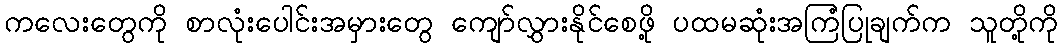
ကလေးတွေကို စာလုံးပေါင်းအမှားတွေ ကျော်လွှားနိုင်စေဖို့ ပထမဆုံးအကြံပြုချက်က သူတို့ကို